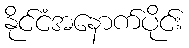
နိုင်ငံအနောက်ပိုင်း